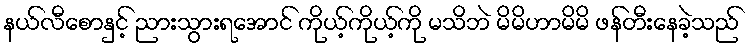
နယ်လီစောနှင့် ညားသွားရအောင် ကိုယ့်ကိုယ့်ကို မသိဘဲ မိမိဟာမိမိ ဖန်တီးနေခဲ့သည်